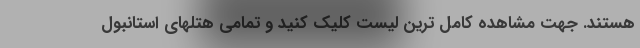
هستند. جهت مشاهده کامل ترین لیست کلیک کنید و تمامی هتلهای استانبول